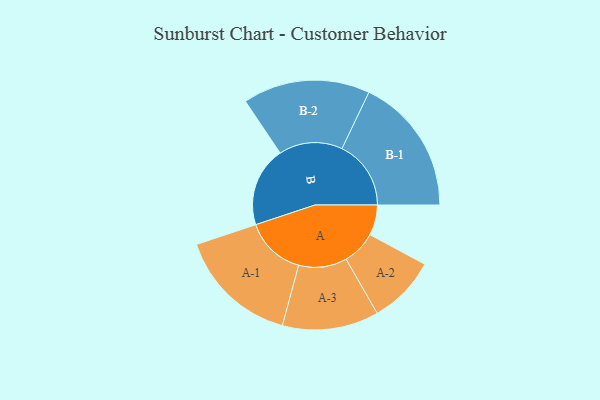
{"axis": {"x": "Segment", "y": "Value"}, "legend": ["", "A", "B"], "data": [{"x": "A", "y": 124, "type": ""}, {"x": "B", "y": 326, "type": ""}, {"x": "A-1", "y": 247, "type": "A"}, {"x": "A-2", "y": 139, "type": "A"}, {"x": "A-3", "y": 197, "type": "A"}, {"x": "B-1", "y": 282, "type": "B"}, {"x": "B-2", "y": 260, "type": "B"}]}